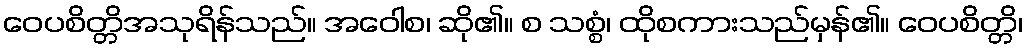
ဝေပစိတ္တိအသုရိန်သည်။ အဝေါစ၊ ဆို၏။ စ သစ္စံ၊ ထိုစကားသည်မှန်၏။ ဝေပစိတ္တိ၊